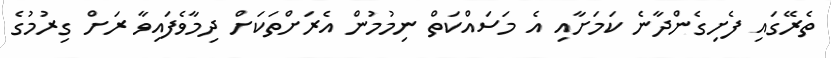
ތެރޭގައި ފެށިގެންދާނެ ކަމަށާއި އެ މަސައްކަތް ނިމުމުން އެރަށްތަކަށް ދިމާވެފައިވާ ރަށް ގިރުމުގެ